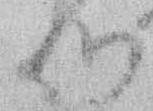
心